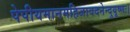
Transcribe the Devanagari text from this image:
पेपीयमानमहिजावदनेन्दुयूष्णः।